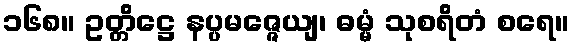
၁၆၈။ ဥတ္တိဋ္ဌေ နပ္ပမဇ္ဇေယျ၊ ဓမ္မံ သုစရိတံ စရေ။